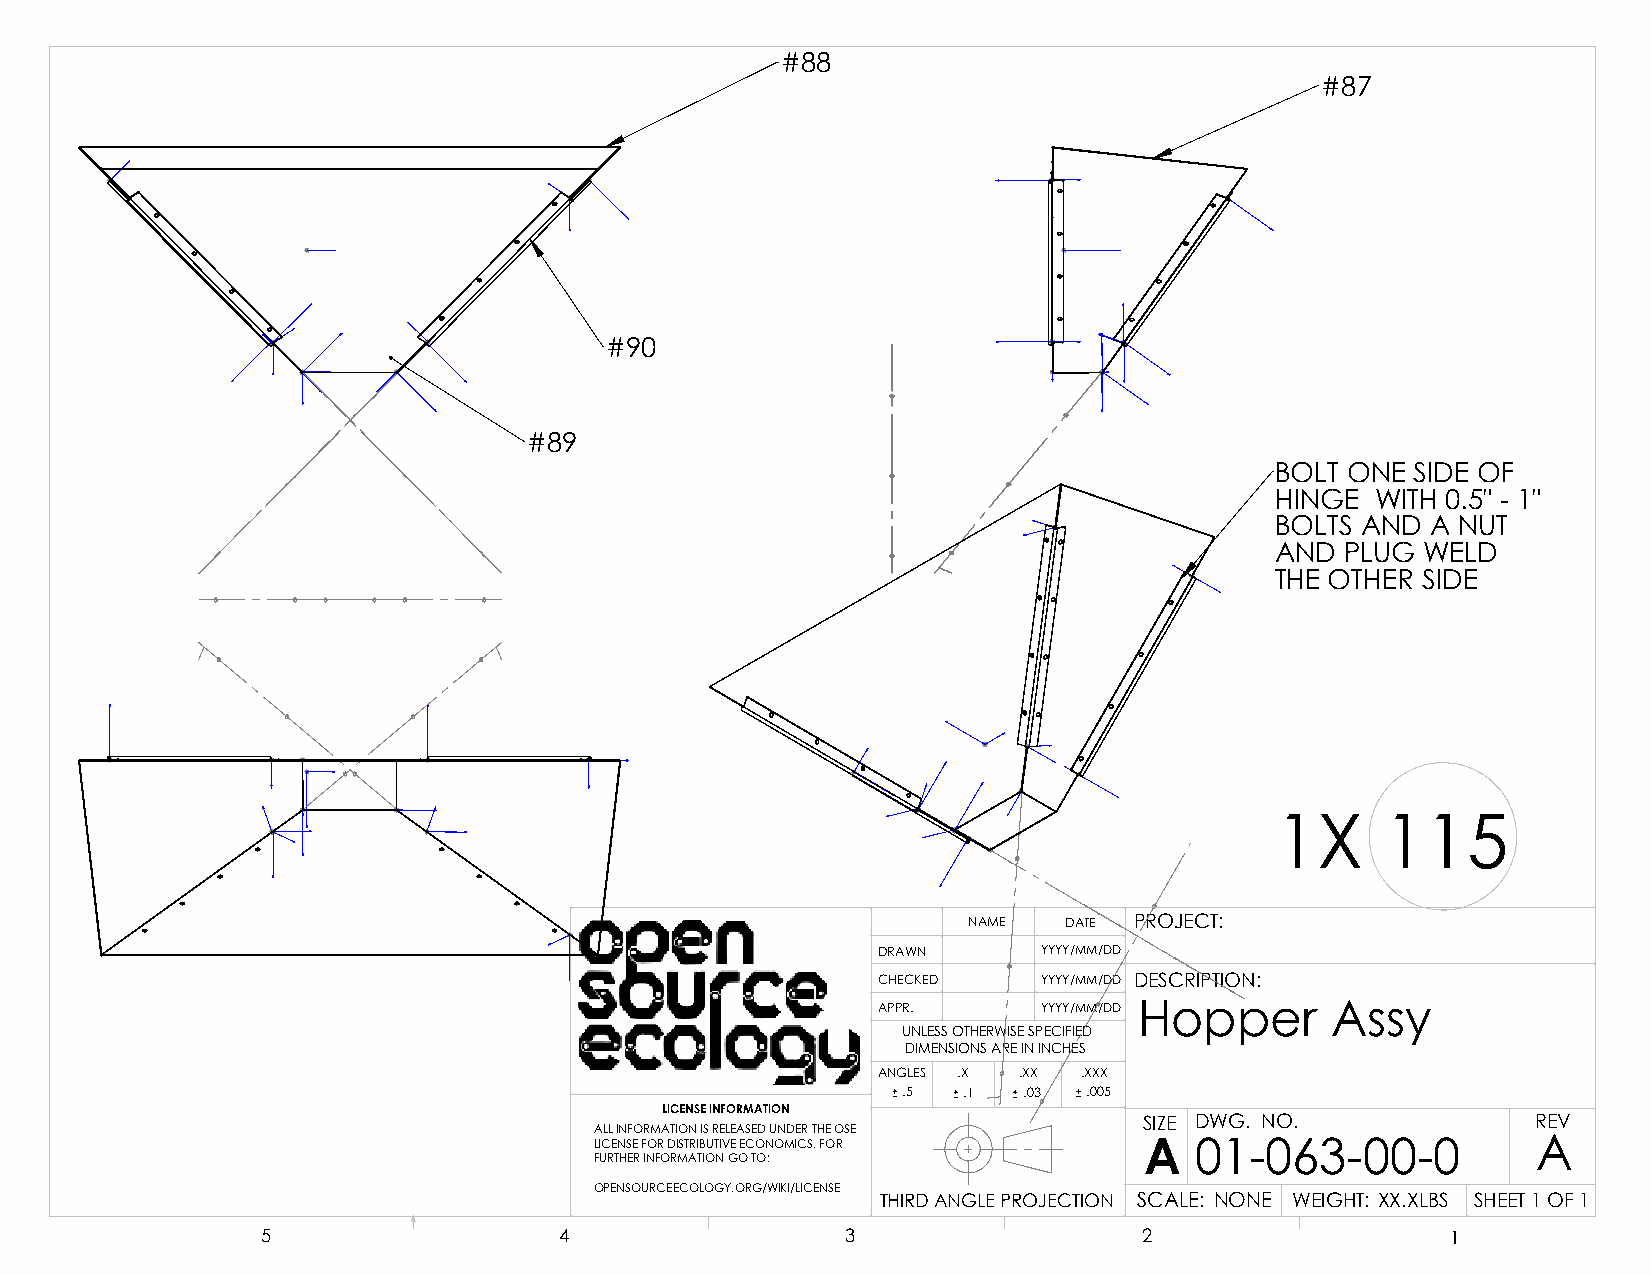
#88
 #87
 #90
 #89
 BOLT ONE  SIDE OF
 HINGE  WITH 0.5" - 1"
 BOLTS AND  A NUT
 AND  PLUG WELD
 THE OTHER SIDE
 1X      115
 NAME  DATE PROJECT:
 DRAWN      YYYY/MM/DD
 CHECKED    YYYY/MM/DD DESCRIPTION:
 APPR.      YYYY/MM/DD Hopper  Assy
 UNLESS OTHERWISE SPECIFIED
 DIMENSIONS ARE IN INCHES
 ANGLES .X .XX .XXX
 .5  .1  .03 .005
 LICENSE INFORMATION
 SIZE DWG. NO.             REV
 ALL INFORMATION IS RELEASED UNDER THE OSE
 LICENSE FOR DISTRIBUTIVE ECONOMICS. FOR A 01-063-00-0          A
 FURTHER INFORMATION GO TO:
 OPENSOURCEECOLOGY.ORG/WIKI/LICENSE
 THIRD ANGLE PROJECTION SCALE: NONE WEIGHT: XX.XLBS SHEET 1 OF 1
 5                   4                  3                   2                   1